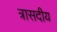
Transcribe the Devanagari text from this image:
त्रासदीय